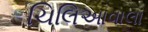
ચિલિઆવાલા